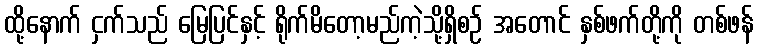
ထို့နောက် ငှက်သည် မြေပြင်နှင့် ရိုက်မိတော့မည်ကဲ့သို့ရှိစဉ် အတောင် နှစ်ဖက်တို့ကို တစ်ဖန်